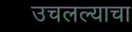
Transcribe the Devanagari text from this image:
उचलल्याचा